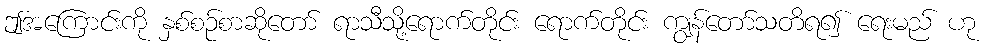
ဤအကြောင်းကို နှစ်စဉ်စာဆိုတော် ရာသီသို့ရောက်တိုင်း ရောက်တိုင်း ကျွန်တော်သတိရ၍ ရေးမည် ဟု